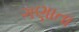
ગણાતા